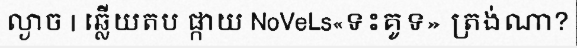
ល្ងាច | ឆ្លើយតប ផ្កាយ NoVeLs«ទះគូទ» ត្រង់ណា?